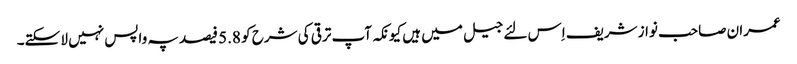
عمران صاحب نواز شریف اِس لئے جیل میں ہیں کیونکہ آپ ترقی کی شرح کو 5.8 فیصد پہ واپس نہیں لا سکتے۔